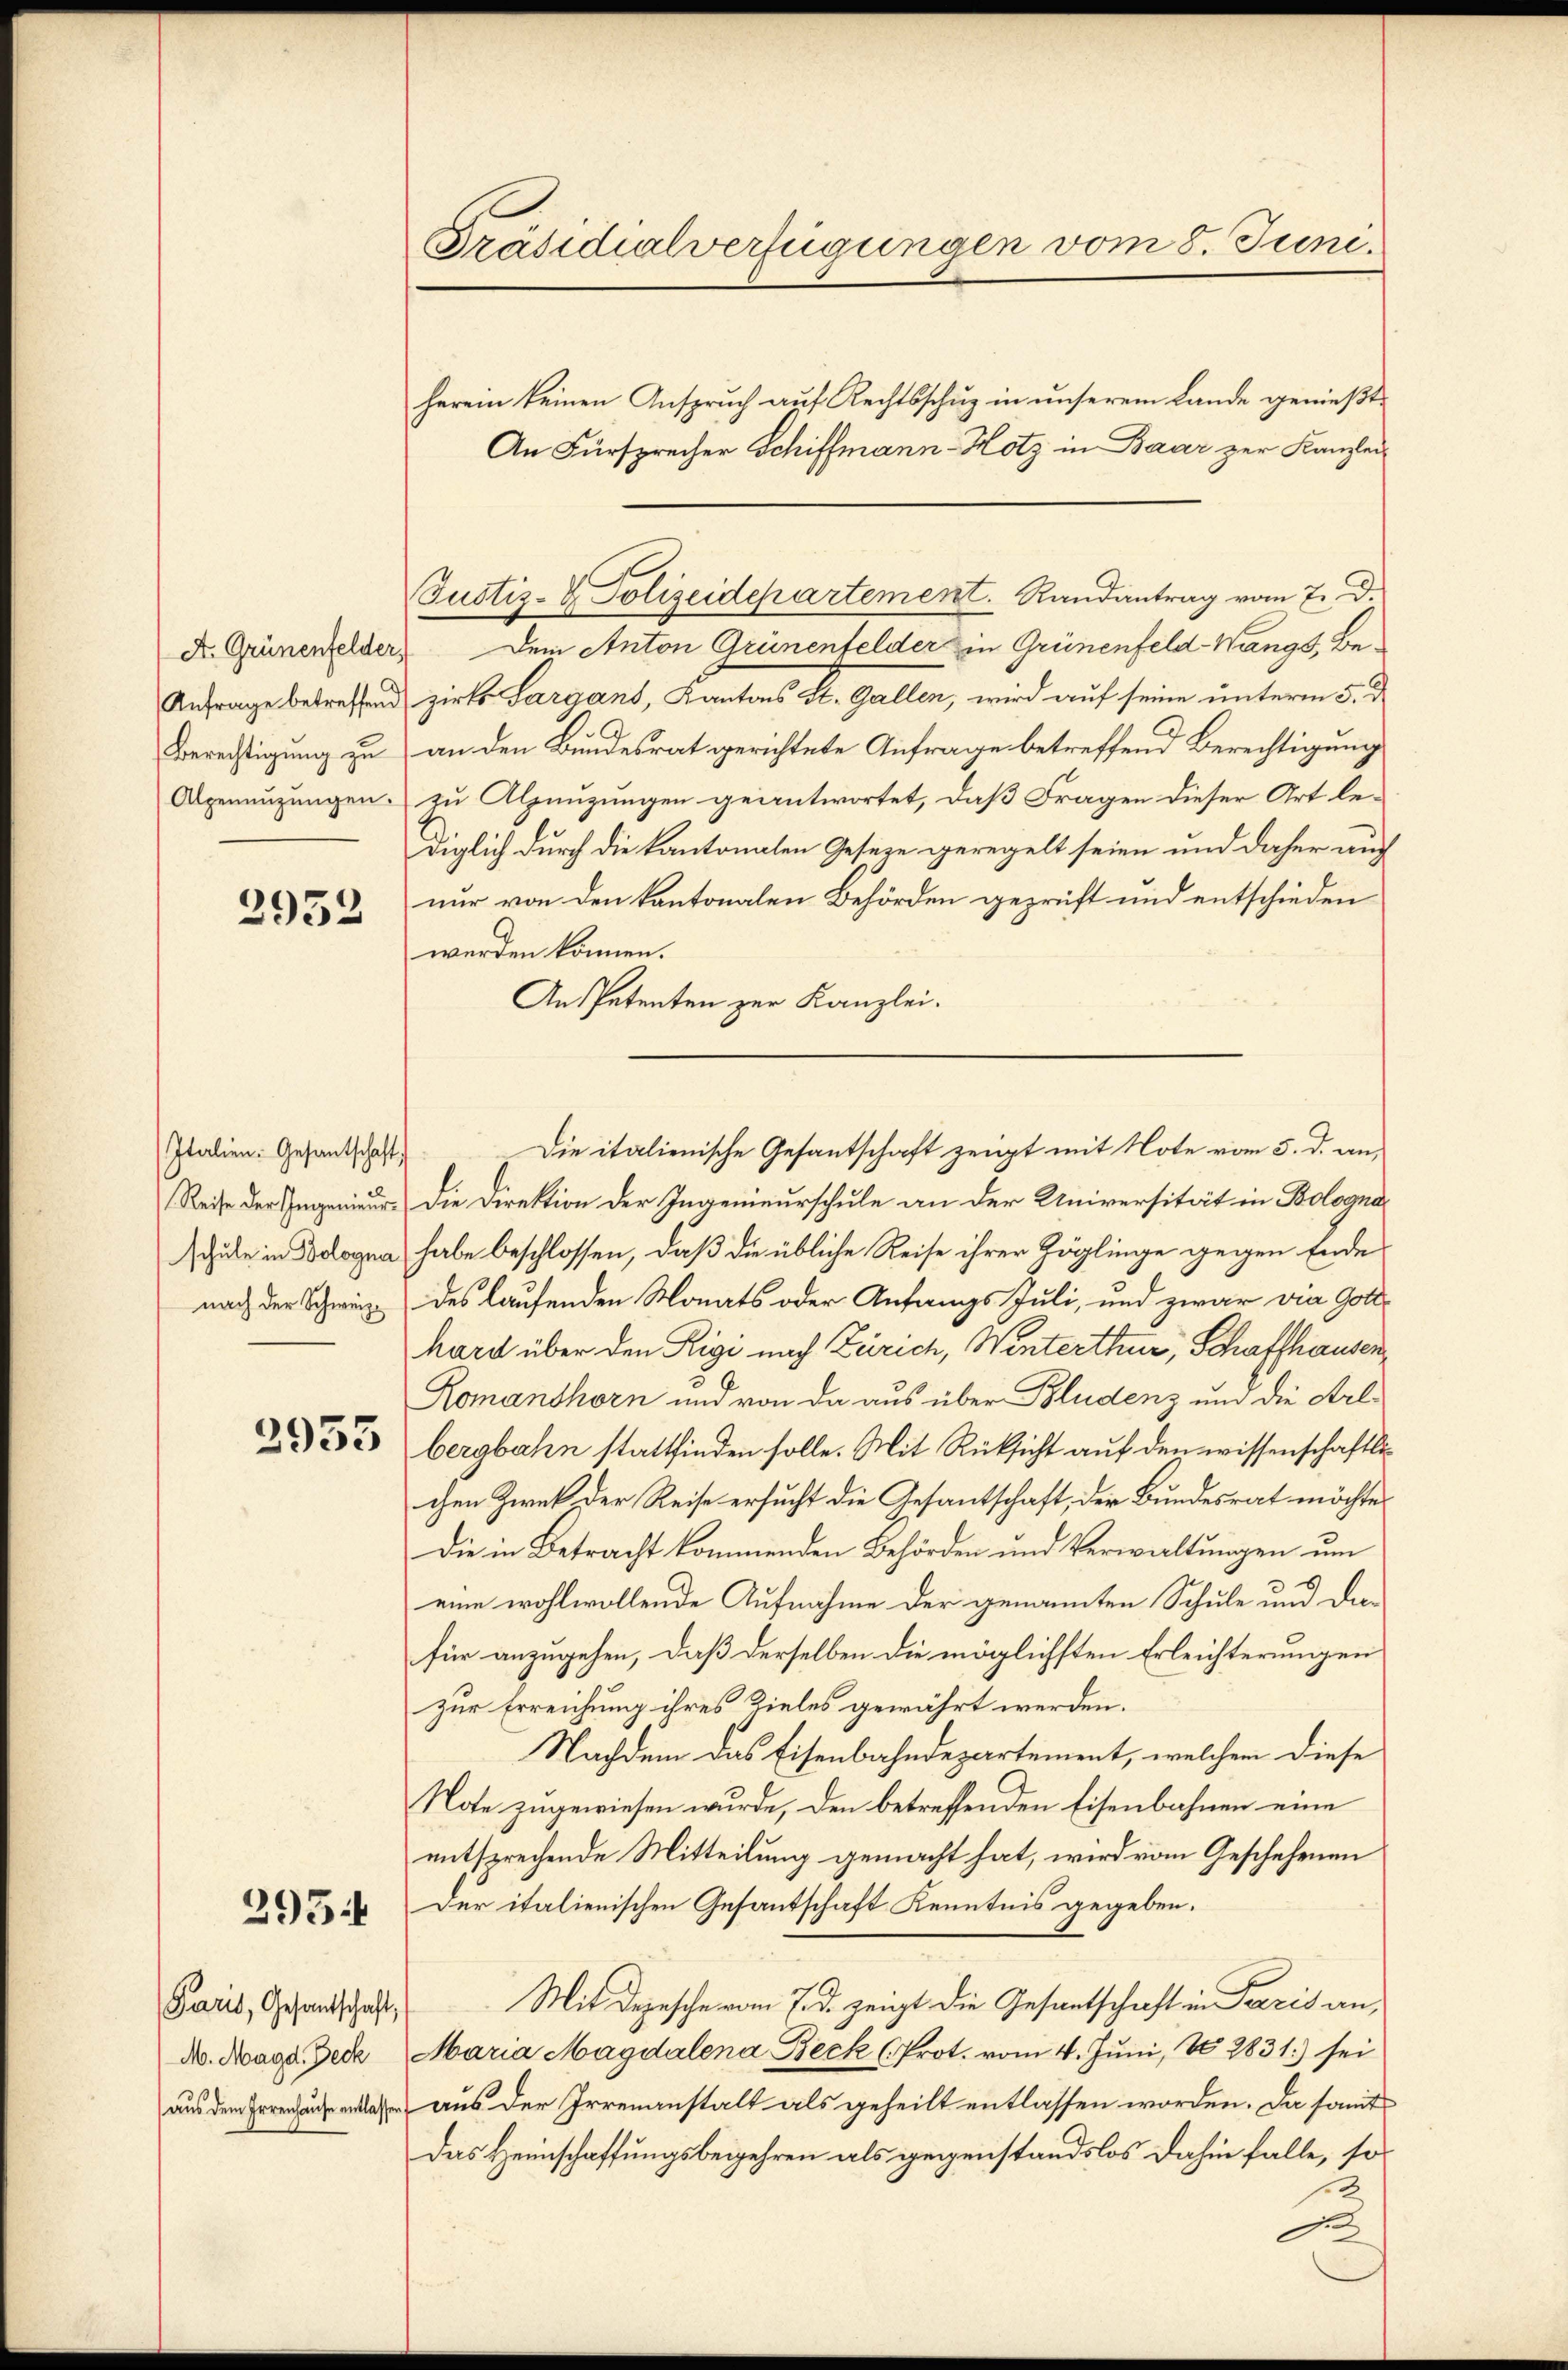
Anfrage betreffend
Berechtigung zu
Alpeneuzungen.

2952

Italien: Gesantschaft
Reise der Ingenieurschule in Bologna
nach der Schweize

2953

395

M. Magd. Deck
aus dem Irrenhause entlassen

Präsidialverfügungen vom 8. Juni.

Dr. Grünenfelder, dem Anton Grünenfelder in Grünenfeld- Wangs, Bezirks Sargans, Kantons St. Gallen, wird auf seine unterm 5. d.
an den Bundesrat gerichtete Anfrage betreffend Berechtigung
zu Alpenzungen geantwortet, daß Fragen dieser Art lediglich durch die kantonalen Gesetze geregelt seien und daher auch
nur von den kantonalen Behörden geprüft und entschieden
werden können.
Ans Petenten zur Kanzlei.
Die Direktion der Ingenieurschule an der Universität in Bolognahabe beschlossen, daß die übliche Reise ihrer Zöglinge gegen Ende
des laufenden Monats oder Anfangs Juli, und zwar die Gotthard über den Rigi nach Zürich, Winterthur, Schaffhausen
Romanshorn und von da aus über Bludenz und die Arlbergbahn stattfinden solle. Mit Rücksicht auf den wissenschaftlichen Zwek der Reise ersucht die Gesantschaft, der Bundesrat möchte
Die in Betracht kommenden Behörden und Verwaltungen um
eine wohlwollende Aufnahme der genannten Schule und die-
für anzugehen, daß derselben die möglichsten Erleichterungen
zur Erreichung ihres Zieles gewährt werden.
Nachdem das Eisenbahndepartement, welchem diese
Note zugewiesen wurde, den betreffenden Eisenbahnen eine
entsprechende Mitteilung gemacht hat, wird vom Geschehenen
Der italienischen Gesantschaft Kenntnis gegeben.
Paris, Gesandtschaft, Mit Depesche vom 7. d. zeigt die Gesantschaft in Paris an¬
Maria Magdalena Beck (Prot. vom 4. Juni, No 2831) sei
aus der Irrenanstalt als geheilt entlassen worden. Da somit
Das Heimschaffungsbegehren als gegenstandslos dahin falle, so
2
e

Justiz- & Polizeidepartement. Randantrag vom 7. d.

herein keinen Ansprŭch aŭf Rechtsschŭz in unserem Lande genießt:
An Fürsprecher Schiffmann-Hotz in Baar zur Kanzlei-

Die italienische Gesantschaft zeigt mit Note vom 5. d. an,